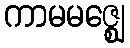
ကာမမဇ္ဈေ